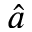
\hat { a }